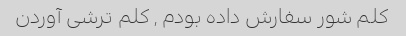
کلم شور سفارش داده بودم , کلم ترشی آوردن